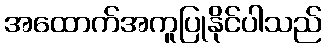
အထောက်အကူပြုနိုင်ပါသည်